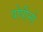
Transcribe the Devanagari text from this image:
पोपीनो